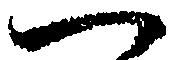
一